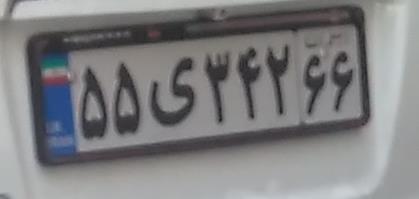
۵۵ی۳۴۲۶۶